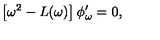
\left[ \omega ^ { 2 } - L ( \omega ) \right] \phi _ { \omega } ^ { \prime } = 0 ,